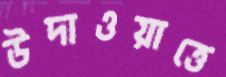
উদাওয়াত্তে